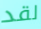
لقد